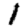
Digit: 1